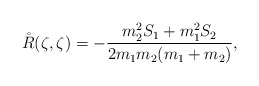
\begin{align*} \mathring{R}(\zeta,\zeta)=-\frac{m_2^2S_1+m_1^2S_2}{2m_1m_2(m_1+m_2)}, \end{align*}